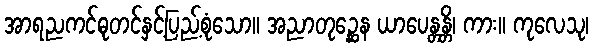
အာရညကင်ဓုတင်နှင့်ပြည့်စုံသော။ အညာတုဉ္ဆေန ယာပေန္တန္တိ၊ ကား။ ကုလေသု၊